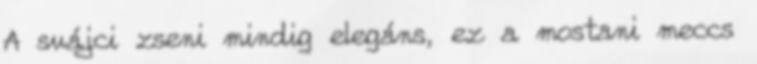
A svájci zseni mindig elegáns, ez a mostani meccs